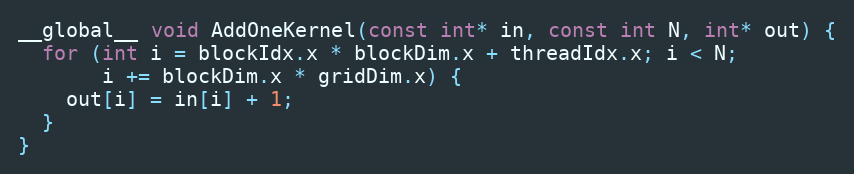
Language: C++
__global__ void AddOneKernel(const int* in, const int N, int* out) {
  for (int i = blockIdx.x * blockDim.x + threadIdx.x; i < N;
       i += blockDim.x * gridDim.x) {
    out[i] = in[i] + 1;
  }
}